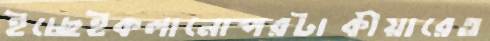
ইচ্ছেইকলানোপরটাকীয়ারেত